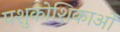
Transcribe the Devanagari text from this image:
पशुकोशिकाओं